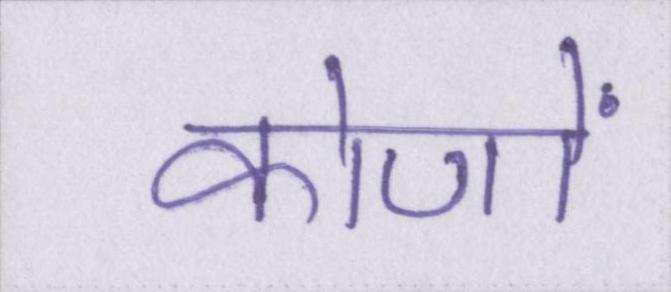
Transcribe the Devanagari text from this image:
कोणों